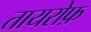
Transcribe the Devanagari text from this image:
तायरोफ़